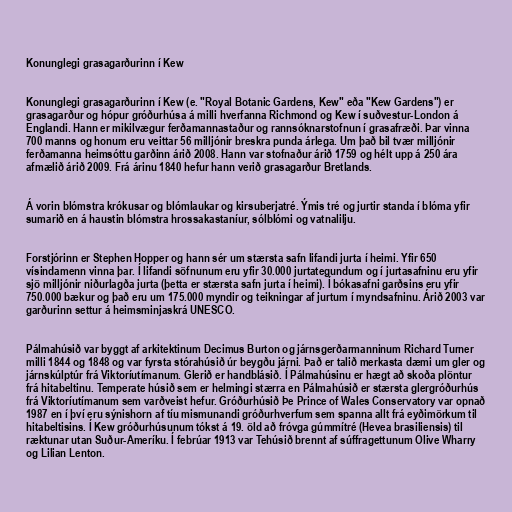
Konunglegi grasagarðurinn í Kew

Konunglegi grasagarðurinn í Kew (e. "Royal Botanic Gardens, Kew" eða "Kew Gardens") er
grasagarður og hópur gróðurhúsa á milli hverfanna Richmond og Kew í suðvestur-London á
Englandi. Hann er mikilvægur ferðamannastaður og rannsóknarstofnun í grasafræði. Þar vinna
700 manns og honum eru veittar 56 milljónir breskra punda árlega. Um það bil tvær milljónir
ferðamanna heimsóttu garðinn árið 2008. Hann var stofnaður árið 1759 og hélt upp á 250 ára
afmælið árið 2009. Frá árinu 1840 hefur hann verið grasagarður Bretlands.

Á vorin blómstra krókusar og blómlaukar og kirsuberjatré. Ýmis tré og jurtir standa í blóma yfir
sumarið en á haustin blómstra hrossakastaníur, sólblómi og vatnalilju.

Forstjórinn er Stephen Hopper og hann sér um stærsta safn lifandi jurta í heimi. Yfir 650
vísindamenn vinna þar. Í lifandi söfnunum eru yfir 30.000 jurtategundum og í jurtasafninu eru yfir
sjö milljónir niðurlagða jurta (þetta er stærsta safn jurta í heimi). Í bókasafni garðsins eru yfir
750.000 bækur og það eru um 175.000 myndir og teikningar af jurtum í myndsafninu. Árið 2003 var
garðurinn settur á heimsminjaskrá UNESCO.

Pálmahúsið var byggt af arkitektinum Decimus Burton og járnsgerðarmanninum Richard Turner
milli 1844 og 1848 og var fyrsta stórahúsið úr beygðu járni. Það er talið merkasta dæmi um gler og
járnskúlptúr frá Viktoríutímanum. Glerið er handblásið. Í Pálmahúsinu er hægt að skoða plöntur
frá hitabeltinu. Temperate húsið sem er helmingi stærra en Pálmahúsið er stærsta glergróðurhús
frá Viktoríutímanum sem varðveist hefur. Gróðurhúsið Þe Prince of Wales Conservatory var opnað
1987 en í því eru sýnishorn af tíu mismunandi gróðurhverfum sem spanna allt frá eyðimörkum til
hitabeltisins. Í Kew gróðurhúsunum tókst á 19. öld að fróvga gúmmítré (Hevea brasiliensis) til
ræktunar utan Suður-Ameríku. Í febrúar 1913 var Tehúsið brennt af súffragettunum Olive Wharry
og Lilian Lenton.